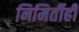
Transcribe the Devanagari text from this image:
निमिर्तीही